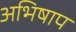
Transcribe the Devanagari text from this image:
अभिषाप